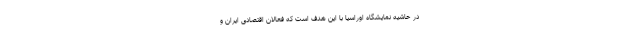
در حاشیه نمایشگاه اوراسیا با این هدف است که فعالان اقتصادی ایران و